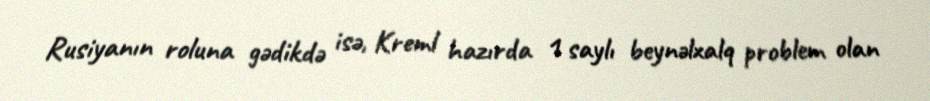
Rusiyanın roluna gədikdə isə, Kreml hazırda 1 saylı beynəlxalq problem olan